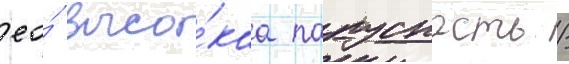
ео́ высо́каа парусность /